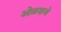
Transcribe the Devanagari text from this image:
ओळखजे